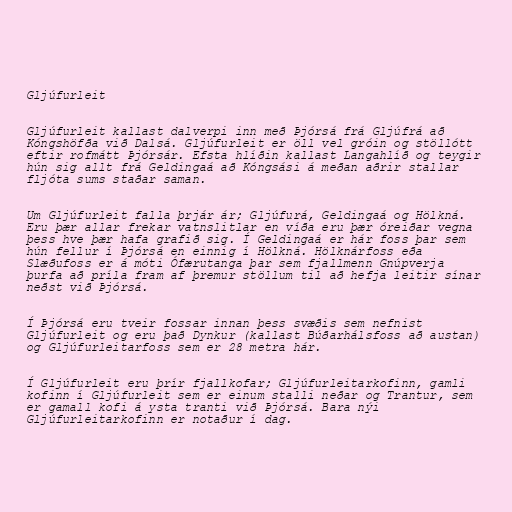
Gljúfurleit

Gljúfurleit kallast dalverpi inn með Þjórsá frá Gljúfrá að
Kóngshöfða við Dalsá. Gljúfurleit er öll vel gróin og stöllótt
eftir rofmátt Þjórsár. Efsta hlíðin kallast Langahlíð og teygir
hún sig allt frá Geldingaá að Kóngsási á meðan aðrir stallar
fljóta sums staðar saman.

Um Gljúfurleit falla þrjár ár; Gljúfurá, Geldingaá og Hölkná.
Eru þær allar frekar vatnslitlar en víða eru þær óreiðar vegna
þess hve þær hafa grafið sig. Í Geldingaá er hár foss þar sem
hún fellur í Þjórsá en einnig í Hölkná. Hölknárfoss eða
Slæðufoss er á móti Ófærutanga þar sem fjallmenn Gnúpverja
þurfa að príla fram af þremur stöllum til að hefja leitir sínar
neðst við Þjórsá.

Í Þjórsá eru tveir fossar innan þess svæðis sem nefnist
Gljúfurleit og eru það Dynkur (kallast Búðarhálsfoss að austan)
og Gljúfurleitarfoss sem er 28 metra hár.

Í Gljúfurleit eru þrír fjallkofar; Gljúfurleitarkofinn, gamli
kofinn í Gljúfurleit sem er einum stalli neðar og Trantur, sem
er gamall kofi á ysta tranti við Þjórsá. Bara nýi
Gljúfurleitarkofinn er notaður í dag.